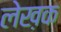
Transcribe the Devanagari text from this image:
लेख़क